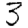
Digit: 3